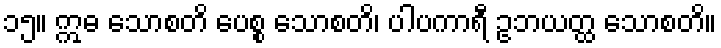
၁၅။ ဣဓ သောစတိ ပေစ္စ သောစတိ၊ ပါပကာရီ ဥဘယတ္ထ သောစတိ။